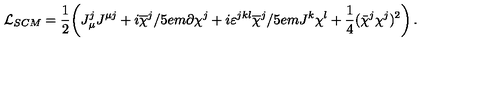
{ \cal L } _ { S C M } = \frac 1 2 \! \left( J _ { \mu } ^ { j } J ^ { \mu j } + i \overline { { \chi } } ^ { j } / \kern - . 5 e m \partial \chi ^ { j } + i \varepsilon ^ { j k l } \overline { { \chi } } ^ { j } / \kern - . 5 e m J ^ { k } \chi ^ { l } + \frac 1 4 ( \bar { \chi } ^ { j } \chi ^ { j } ) ^ { 2 } \right) .